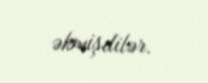
əkmişdilər.